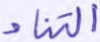
التناد